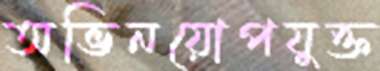
অভিনয়োপযুক্ত